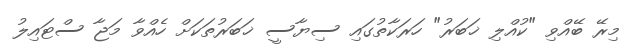
މިރޭ ބޭއްވި "ކުއްލި ޚަބަރު" ހަރަކާތުގައި ސިޔާސީ ޚަބަރުތަކަށް ހެއްވާ މަޖާ ސްޓައިލު